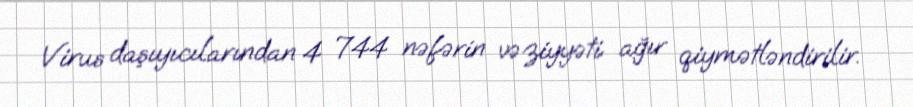
Virus daşıyıcılarından 4 744 nəfərin vəziyyəti ağır qiymətləndirilir.